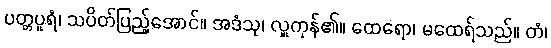
ပတ္တပူရံ၊ သပိတ်ပြည့်အောင်။ အဒံသု၊ လှူကုန်၏။ ထေရော၊ မထေရ်သည်။ တံ၊